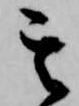
其